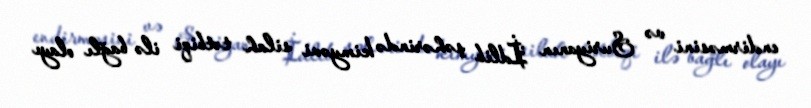
endirməsini və Suriyanın İdlib şəhərində kimyəvi silah tətbiqi ilə bağlı olayı